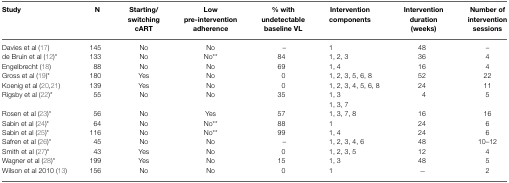
<table><thead><tr><td><b>Study</b></td><td><b>N</b></td><td><b>Starting/switching cART</b></td><td><b>Low pre-intervention adherence</b></td><td><b>% with undetectable baseline VL</b></td><td><b>Intervention components</b></td><td><b>Intervention duration (weeks)</b></td><td><b>Number of intervention sessions</b></td></tr></thead><tbody><tr><td>Davies et al (17)</td><td>145</td><td>No</td><td>No</td><td>–</td><td>1</td><td>48</td><td>–</td></tr><tr><td>de Bruin et al (12)*</td><td>133</td><td>No</td><td>No**</td><td>84</td><td>1, 2, 3</td><td>36</td><td>4</td></tr><tr><td>Engelbrecht (18)</td><td>88</td><td>No</td><td>No</td><td>69</td><td>1, 4</td><td>16</td><td>4</td></tr><tr><td>Gross et al (19)*</td><td>180</td><td>Yes</td><td>No</td><td>0</td><td>1, 2, 3, 5, 6, 8</td><td>52</td><td>22</td></tr><tr><td>Koenig et al (20,21)</td><td>139</td><td>Yes</td><td>No</td><td>0</td><td>1, 2, 3, 4, 5, 6, 8</td><td>24</td><td>11</td></tr><tr><td>Rigsby et al (22)*</td><td>55</td><td>No</td><td>No</td><td>35</td><td>1, 3</td><td>4</td><td>5</td></tr><tr><td></td><td></td><td></td><td></td><td></td><td>1, 3, 7</td><td></td></tr><tr><td>Rosen et al (23)*</td><td>56</td><td>No</td><td>Yes</td><td>57</td><td>1, 3, 7, 8</td><td>16</td><td>16</td></tr><tr><td>Sabin et al (24)*</td><td>64</td><td>No</td><td>No**</td><td>88</td><td>1</td><td>24</td><td>6</td></tr><tr><td>Sabin et al (25)*</td><td>116</td><td>No</td><td>No**</td><td>99</td><td>1, 4</td><td>24</td><td>6</td></tr><tr><td>Safren et al (26)*</td><td>45</td><td>No</td><td>No</td><td>–</td><td>1, 2, 3, 4, 6</td><td>48</td><td>10–12</td></tr><tr><td>Smith et al (27)*</td><td>43</td><td>Yes</td><td>No</td><td>0</td><td>1, 2, 3, 5</td><td>12</td><td>4</td></tr><tr><td>Wagner et al (28)*</td><td>199</td><td>Yes</td><td>No</td><td>15</td><td>1, 3</td><td>48</td><td>5</td></tr><tr><td>Wilson et al 2010 (13)</td><td>156</td><td>No</td><td>No</td><td>0</td><td>1</td><td>−</td><td>2</td></tr></tbody></table>